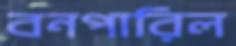
বনপারিল